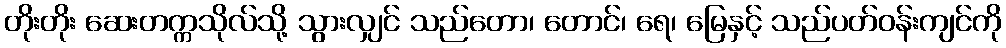
တိုးတိုး ဆေးတက္ကသိုလ်သို့ သွားလျှင် သည်တော၊ တောင်၊ ရေ၊ မြေနှင့် သည်ပတ်ဝန်းကျင်ကို